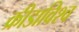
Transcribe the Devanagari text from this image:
क्रीडाविश्व